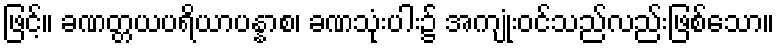
ဖြင့်။ ခဏတ္တယပရိယာပန္နာစ၊ ခဏသုံးပါး၌ အကျုံးဝင်သည်လည်းဖြစ်သော။